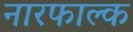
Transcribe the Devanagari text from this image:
नारफाल्क